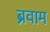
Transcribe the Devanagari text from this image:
ब्रवाम